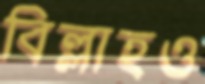
বিল্লাহও